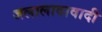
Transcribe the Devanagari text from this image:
जलालादावादी